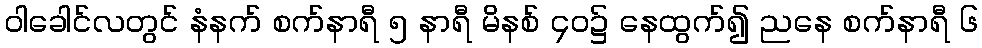
ဝါခေါင်လတွင် နံနက် စက်နာရီ ၅ နာရီ မိနစ် ၄၀၌ နေထွက်၍ ညနေ စက်နာရီ ၆